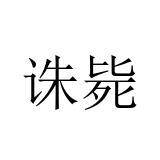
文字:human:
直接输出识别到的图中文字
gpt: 诛毙